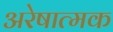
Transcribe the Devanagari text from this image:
अरेषात्मक